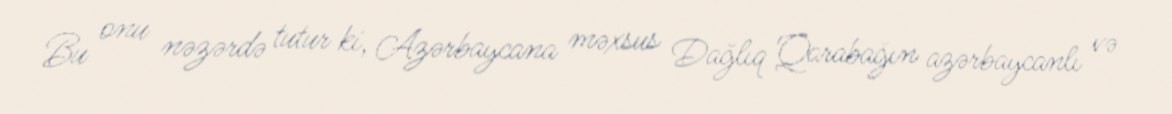
Bu onu nəzərdə tutur ki, Azərbaycana məxsus Dağlıq Qarabağın azərbaycanlı və